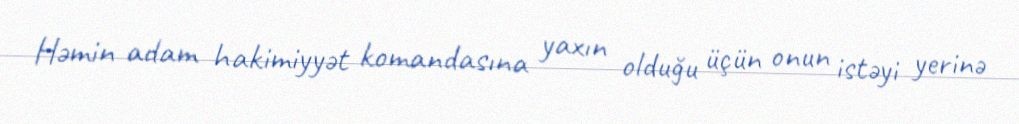
Həmin adam hakimiyyət komandasına yaxın olduğu üçün onun istəyi yerinə